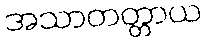
အသာတတ္တာယ